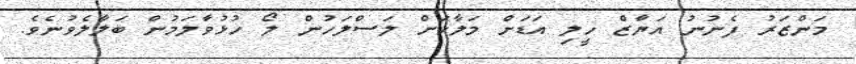
މަންޒަރު ފެނުނު އަޔާޒް ހީލި އަޑަށް މަލާކަށް ލަސްލަހުން ލޯ ހުޅުވާލަމުން ބަލާލެވުނެވެ.